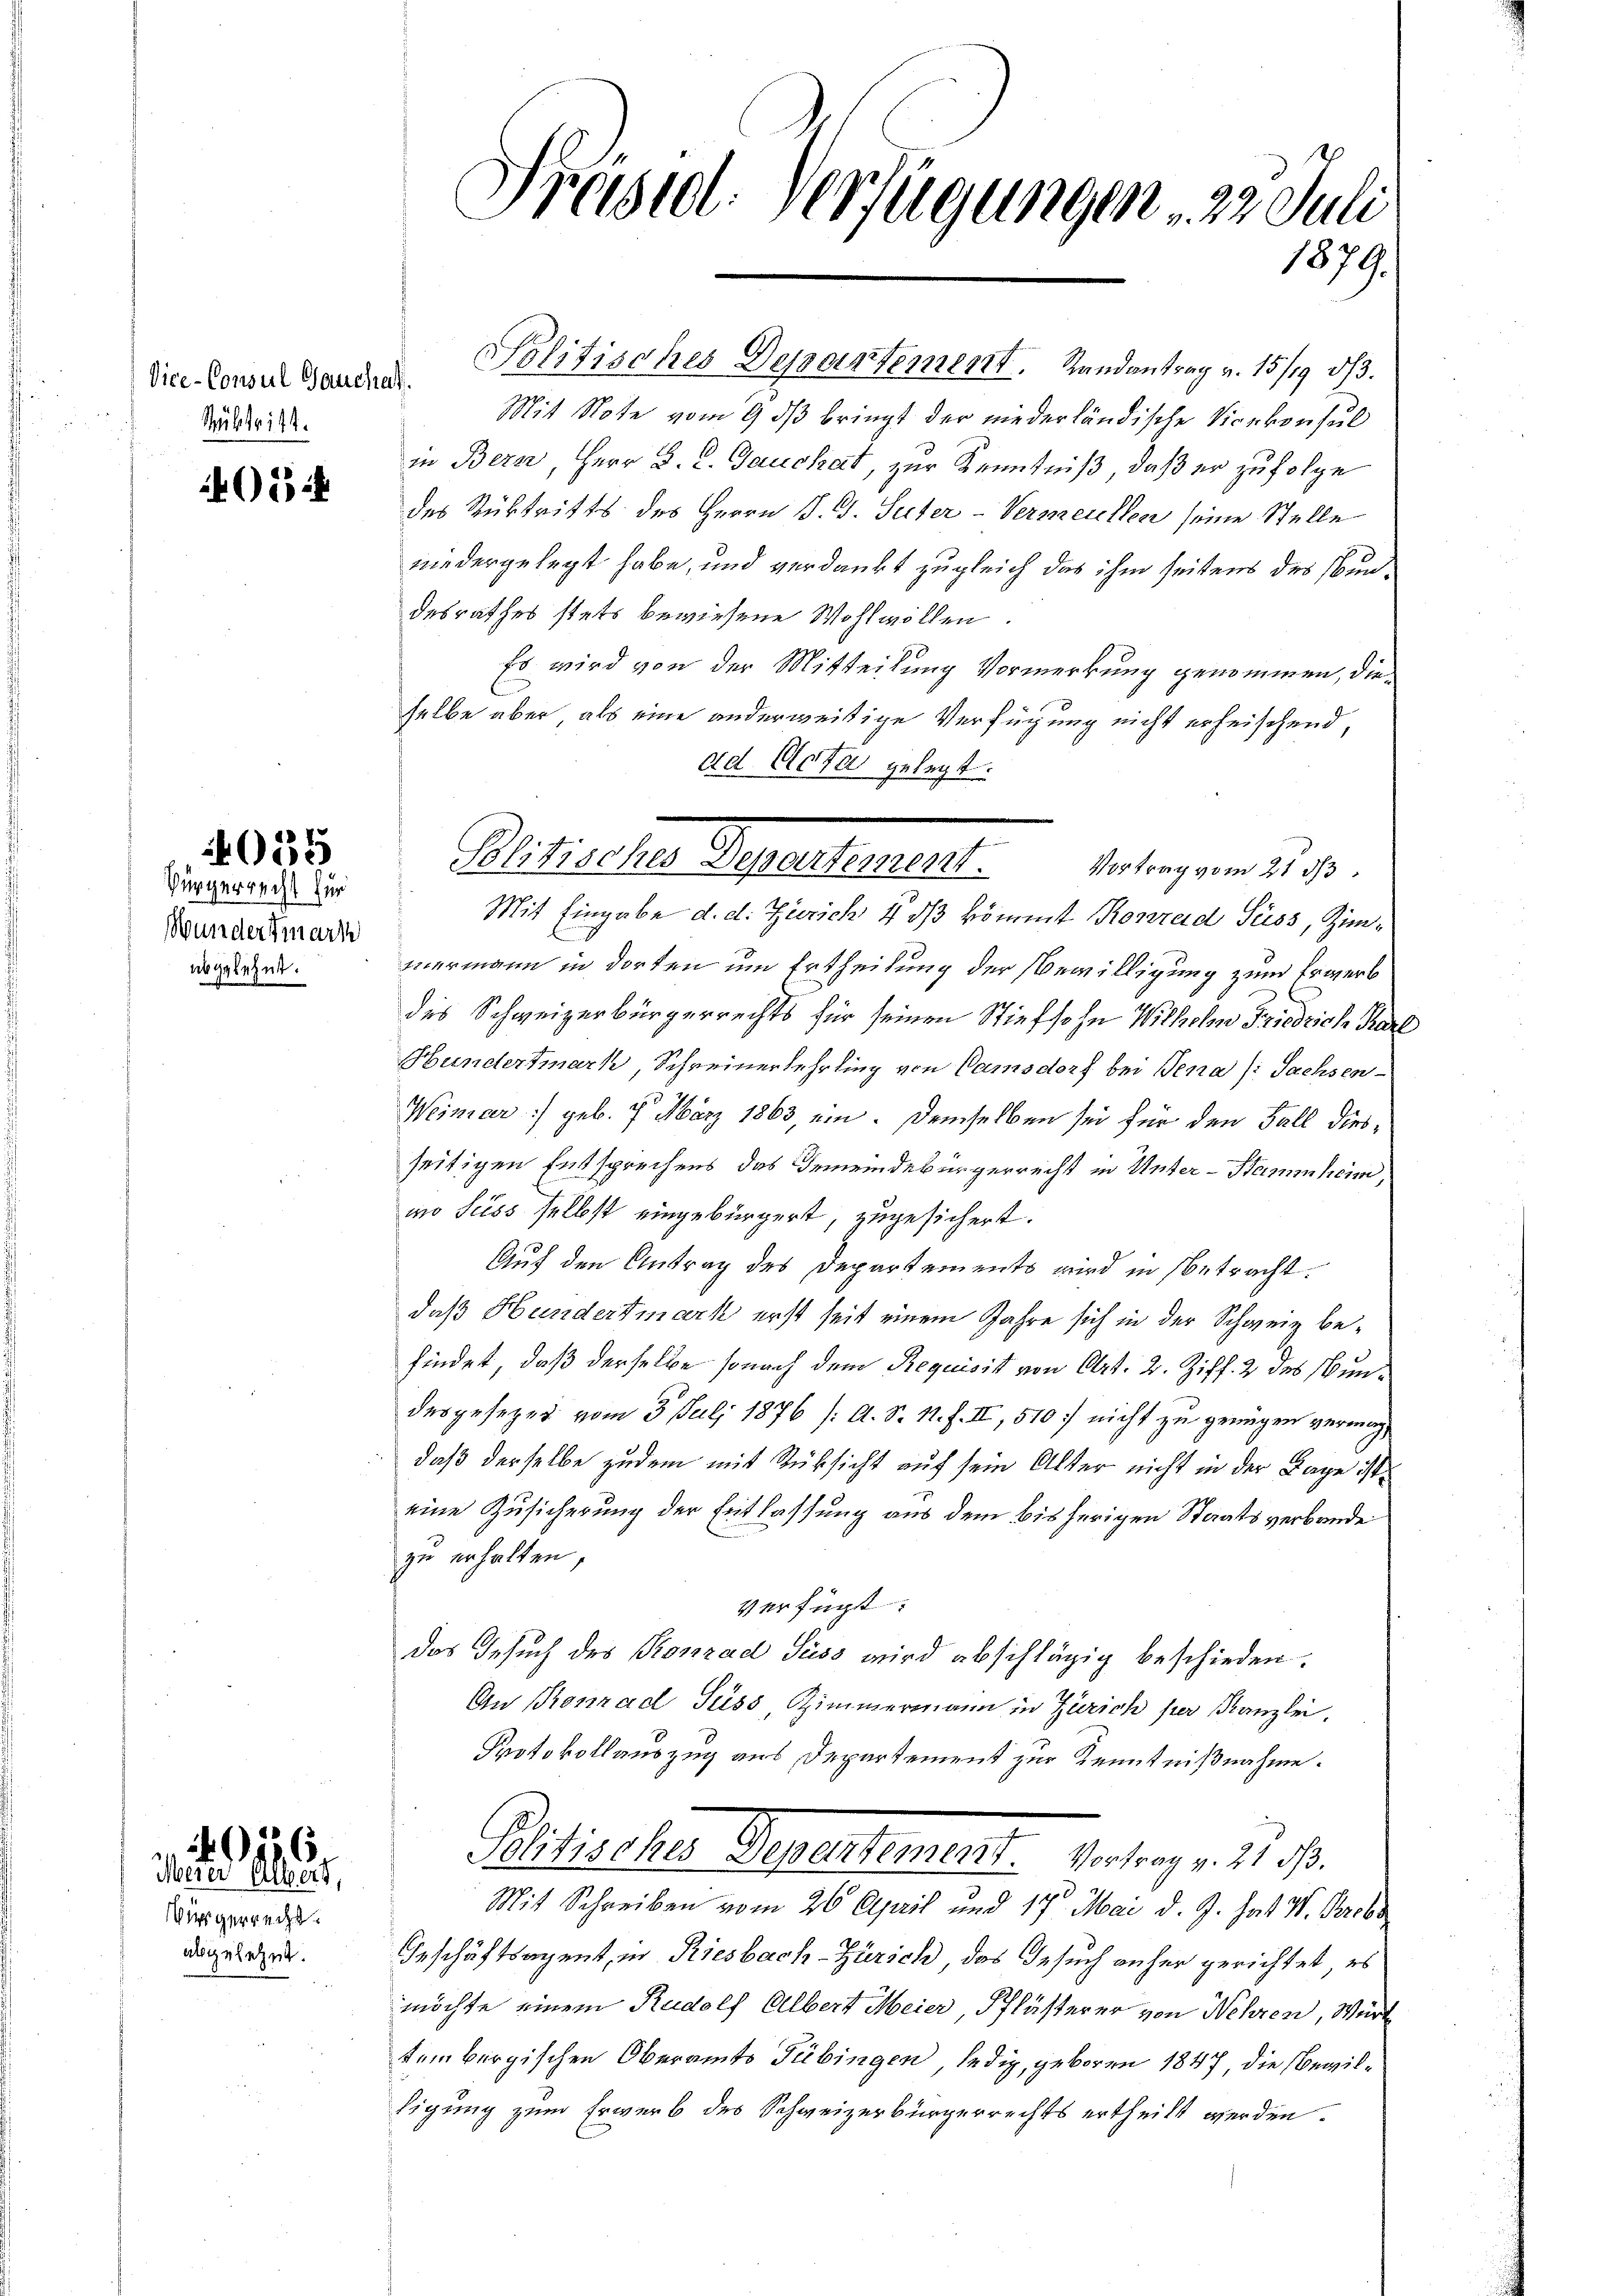
Vice-Consul Gauchet.
Mübtritt.

05

035

Bürgerrecht für
Wundermark
abgelehnt.

iergerrecht.
abgelehnt.

0156
Merer Albert,

Präsid. Verfügungen . 23. Juli
1879.

Politisches Departement. Randantrag v. 15/19 1/3.
Mit Note vom 9 dß bringt der niederländische Vicekonsul
in Bern, Herr D. R. Gauchat, zur Kenntniß, daß er zufolge
des Rücktritts des Herrn P. G. Seiter-Vermeichen seine Stelle
niedergelegt habe, und verdankt zugleich das ihm seitens des Bundesrathes stets bewiesene Wohlwollen
Es wird von der Mitteilung Vormerkung genommen, dieselbe aber, als eine anderweitige Verfügung nicht erheischend,
ad Acta gelegt.
Mit Eingabe d. d. Zürich 4 dß kömmt Konrad Seiss, Zim-
mermann in dorten um Ertheilung der Bewilligung zum Erwerb
des Schweizerbürgerrechts für seinen Stiefsohn Wilhelm Friedrich Kar
Hundertmark, Schreinerlehrling von Camsdorf bei Jena /: Sachsen-
Weimar :/ geb. 7. März 1863, ein. Demselben sei für den Fall diesseitigen Entsprechens das Gemeindebürgerrecht in Unter-Stammheim,
wo Siess selbst eingebürgert, zugesichert.
Auf den Antrag des Departements wird in Betracht.
daß Hundertmark erst seit einem Jahre sich in der Schweiz befindet, daß derselbe sonach dem Requisit von Art. 2. Ziff. 2 des Bundesgesezes vom 3. Juli 1876 /: A. S. 11. J. II, 510 / nicht zu genügen vermögdaß derselbe zudem mit Rüksicht auf sein Alter nicht in der Lage ist
eine Zusicherung der Entlassung aus dem bisherigen Staatsverbande
zu erhalten,
verfügt:
das Gesuch des Konrad Süss wird abschlägig beschieden.
An Konrad Suss, Zimmermann in Zürich per Kanzlei.
Protokollauszug aus Departement zur Kenntnißnahme.
Sitischer Gesertement. Vertrag v. 21. 18.
Mit Schreiben vom 26. April und 17 Mai d. J. hat W. Probe
Geschäftsagent, in Riesbach-Zürich, das Gesuch anher gerichtet, es
möchte einem Rudolf Albert Meier, Pflästerer von Nehren, Würt
tembergischen Oberamts Tübingen, ledig, geboren 1847 die Bewilligung zum Erwerb des Schweizerbürgerrechts ertheilt werden.

Plistischen Segesehen erst eingen 1819.